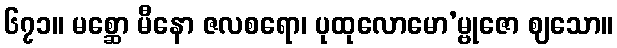
၆၇၁။ မစ္ဆော မီနော ဇလစရော၊ ပုထုလောမော’မ္ဗုဇော ဈသော။